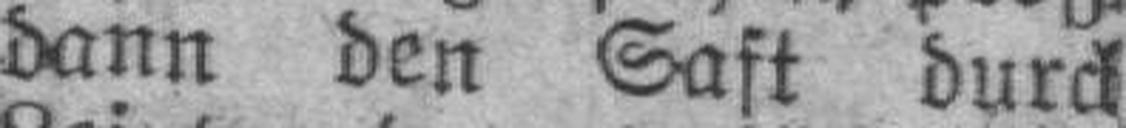
dann den Saft durch